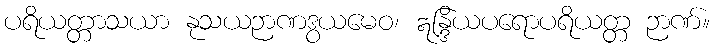
ပရိယတ္တာသယာ နုသယဉာဏဒွယမေဝ၊ ဣန္ဒြိယပရောပရိယတ္တ ဉာဏ်။